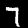
Label: 7